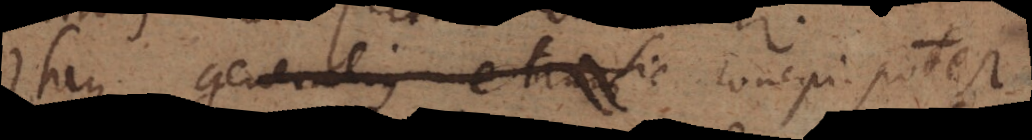
Itaque concipi potest